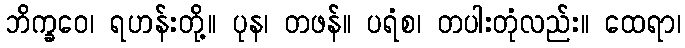
ဘိက္ခဝေ၊ ရဟန်းတို့။ ပုန၊ တဖန်။ ပရံစ၊ တပါးတုံလည်း။ ထေရာ၊